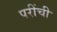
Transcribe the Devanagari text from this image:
परींची